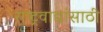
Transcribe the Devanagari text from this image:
राष्ट्रवाद्यांसाठी